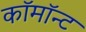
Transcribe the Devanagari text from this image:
कॉमॉन्ट